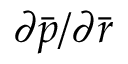
{ { \partial } \bar { p } } / { { \partial } \bar { r } }